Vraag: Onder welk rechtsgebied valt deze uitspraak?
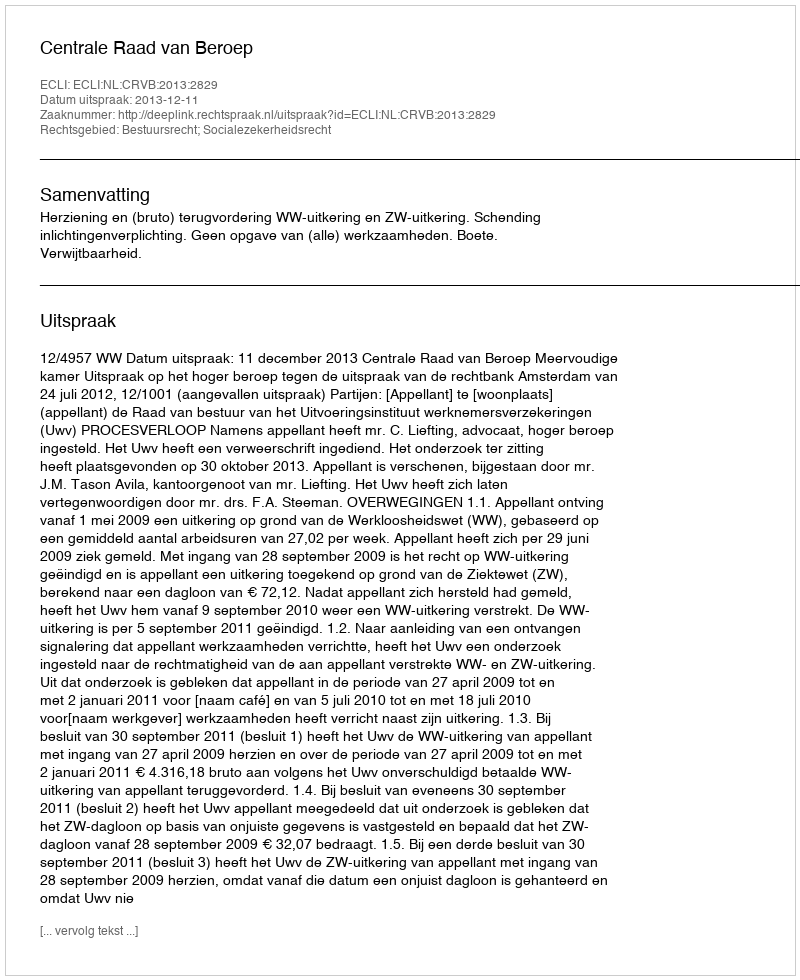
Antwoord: Bestuursrecht; Socialezekerheidsrecht